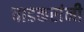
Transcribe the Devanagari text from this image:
वाडकरांनी